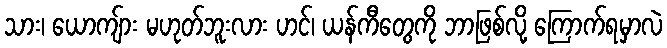
သား၊ ယောကျ်ား မဟုတ်ဘူးလား ဟင်၊ ယန်ကီတွေကို ဘာဖြစ်လို့ ကြောက်ရမှာလဲ